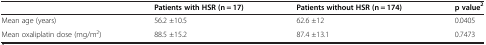
|  | Patients with HSR (n = 17) | Patients without HSR (n = 174) | p value2 |
 | --- | --- | --- | --- |
 | Mean age (years) | 56.2 ±10.5 | 62.6 ±12 | 0.0405 |
 | Mean oxaliplatin dose (mg/m2) | 88.5 ±15.2 | 87.4 ±13.1 | 0.7473 |